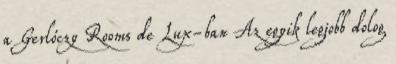
a Gerlóczy Rooms de Lux-ban Az egyik legjobb dolog